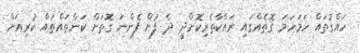
ހައްގުތައް ހަމަހަމަ ގޮތެއްގައި ރައްކާތެރިކޮށްދީ ދެ ފުށް ފެންނަ ގޮތަށް ކަންތައްތައް ކުރިއަށް